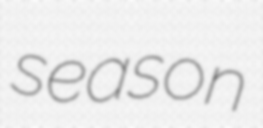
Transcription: season